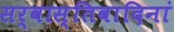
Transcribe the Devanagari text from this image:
सर्वास्तिवादिनां